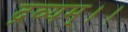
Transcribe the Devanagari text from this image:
द्रव्यम्।।